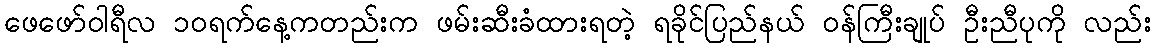
ဖေဖော်ဝါရီလ ၁၀ရက်နေ့ကတည်းက ဖမ်းဆီးခံထားရတဲ့ ရခိုင်ပြည်နယ် ဝန်ကြီးချုပ် ဦးညီပုကို လည်း